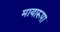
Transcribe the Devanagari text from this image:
मायारूपा